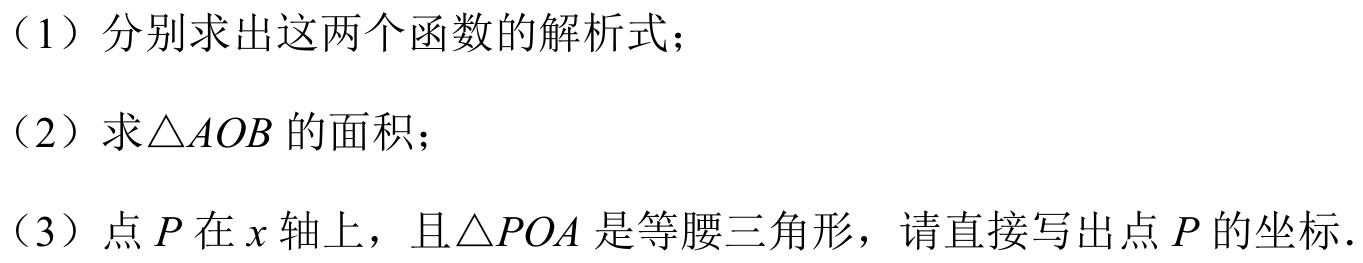
（1）分别求出这两个函数的解析式；
（2）求\(\triangle AOB\)的面积；
（3）点\(P\)在\(x\)轴上，且\(\triangle POA\)是等腰三角形，请直接写出点\(P\)的坐标.